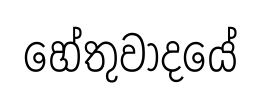
හේතුවාදයේ